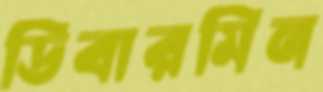
ডিবারমিন